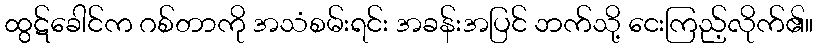
ထွဋ်ခေါင်က ဂစ်တာကို အသံစမ်းရင်း အခန်းအပြင် ဘက်သို့ ငေးကြည့်လိုက်၏။